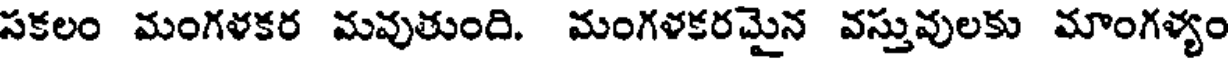
సకలం మంగళకర మవుతుంది. మంగళకరమైన వస్తువులకు మాంగళ్యం